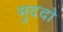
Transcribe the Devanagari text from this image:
मुददो